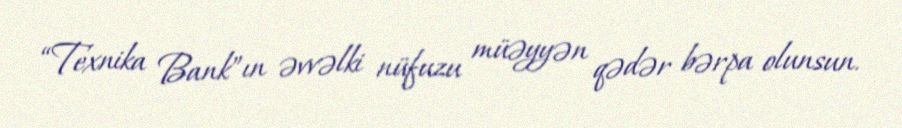
“Texnika Bank”ın əvvəlki nüfuzu müəyyən qədər bərpa olunsun.